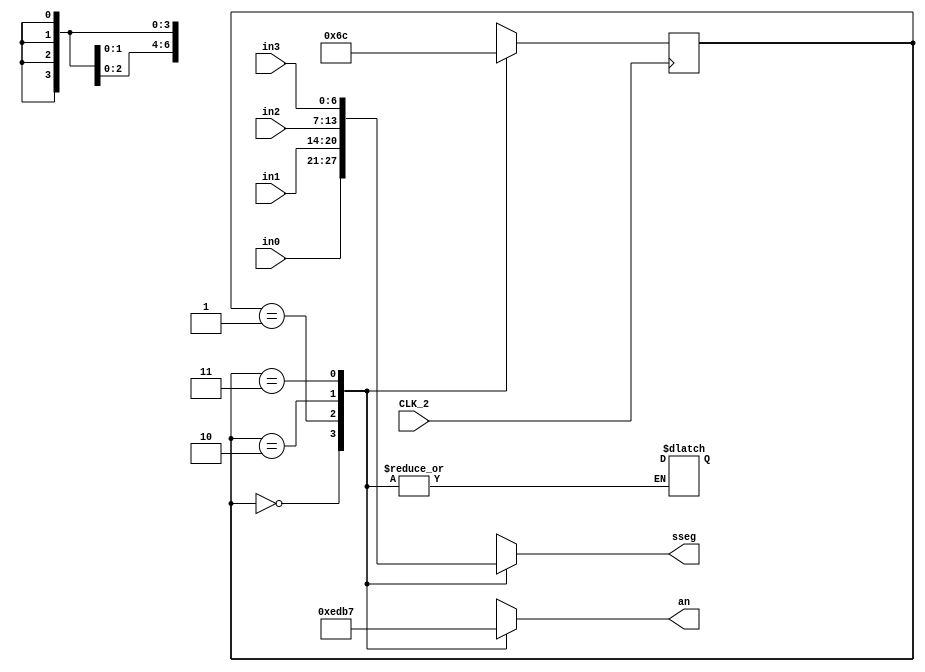
`timescale 1ns / 1ps
//////////////////////////////////////////////////////////////////////////////////
// Company: 
// Engineer: 
// 
// Design Name: 
// Module Name: dispFSM
// Project Name: 
// Target Devices: 
// Tool Versions: 
// Description: 
// 
// Dependencies: 
// 
// Revision:
// Revision 0.01 - File Created
// Additional Comments:
// 
//////////////////////////////////////////////////////////////////////////////////


module dispFSM(
input CLK_2,
input [6:0] in0,
input [6:0] in1,
input [6:0] in2,
input [6:0] in3,
output [3:0] an,
output [6:0] sseg
    );
    
    reg [6:0] sseg_reg;
    reg [3:0] an_reg;
    reg [1:0] state;
    reg [1:0] next_state;

    initial begin
    sseg_reg <= 0;
    an_reg <= 0;
    state <= 0;
    next_state <= 0;
    end
    
    assign an = an_reg;
    assign sseg = sseg_reg;
    
    always @ (*) begin
        case(state)
        default: begin
            state = 2'b00;
            next_state = 2'b01;
            end
        2'b00: next_state = 2'b01;
        2'b01: next_state = 2'b10;
        2'b10: next_state = 2'b11;
        2'b11: next_state = 2'b00;
        endcase
    end
    
    always @ (*) begin
        case(state)
        2'b00: begin
        an_reg = 4'b1110;
        sseg_reg = in0;
        end
        2'b01: begin
        an_reg = 4'b1101;
        sseg_reg = in1;
        end
        2'b10: begin
        an_reg = 4'b1011;
        sseg_reg = in2;
        end
        2'b11: begin
        an_reg = 4'b0111;
        sseg_reg = in3;
        end
        endcase
    end
    
    always @(posedge CLK_2) begin
    state <= next_state;
    end    


endmodule